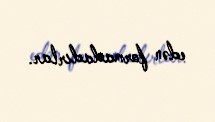
edən formadadırlar.